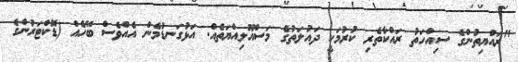
"ރައްޔިތުންގެ ސިއްހަތު ރައްކާތެރި ކުރުމަކީ ދައުލަތުގެ މަސްއޫލިއްޔަތެއް. އަޅުގަނޑުމެން އެއްވެސް ބޭހެއް (ޑޮކްޓަރުންގެ